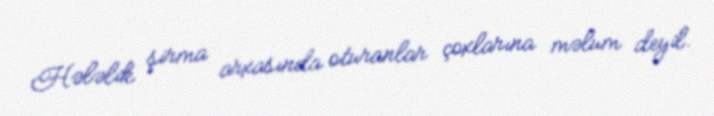
Hələlik şirma arxasında oturanlar çoxlarına məlum deyil.